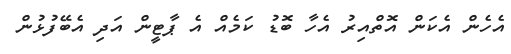
އެހެން އެކަން އޮތްއިރު އެހާ ބޮޑު ކަމެއް އެ ޕާޓީން އަދި އެބޭފުޅުން